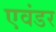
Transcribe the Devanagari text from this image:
एवंडर